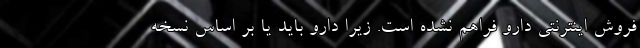
فروش اینترنتی دارو فراهم‌ نشده است. زیرا دارو باید یا بر اساس نسخه